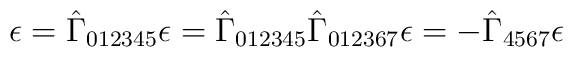
\epsilon = \hat{\Gamma}_{012345} \epsilon = \hat{\Gamma}_{012345} \hat{\Gamma}_{012367} \epsilon = -\hat{\Gamma}_{4567} \epsilon